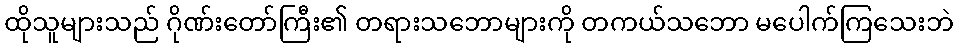
ထိုသူများသည် ဂိုဏ်းတော်ကြီး၏ တရားသဘောများကို တကယ်သဘော မပေါက်ကြသေးဘဲ